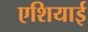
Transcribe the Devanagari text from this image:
एशियाई